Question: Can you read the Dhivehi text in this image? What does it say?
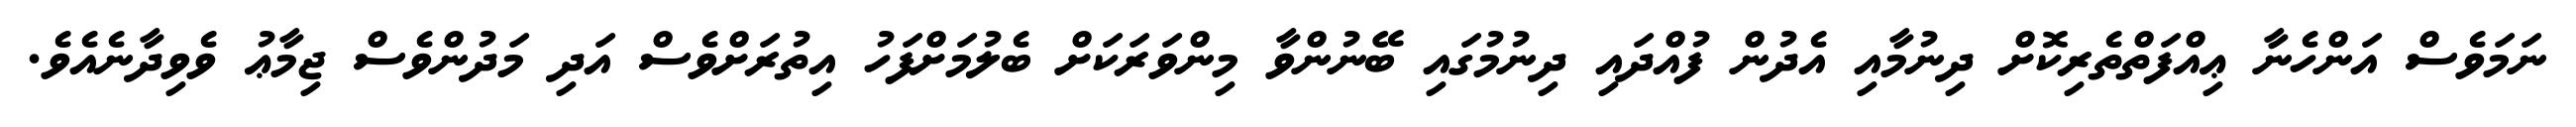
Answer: ނަމަވެސް އަންހެނާ ޢިއްފަތްތެރިކޮށް ދިނުމާއި އެދުން ފުއްދައި ދިނުމުގައި ބޭނުންވާ މިންވަރަކަށް ބެލުމަށްފަހު އިތުރަށްވެސް އަދި މަދުންވެސް ޖިމާޢު ވެވިދާނެއެވެ.